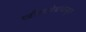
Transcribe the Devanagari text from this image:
खाँसाहेबांकडून